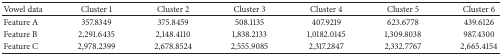
| Vowel data | Cluster 1 | Cluster 2 | Cluster 3 | Cluster 4 | Cluster 5 | Cluster 6 |
 | --- | --- | --- | --- | --- | --- | --- |
 | Feature A | 357.8349 | 375.8459 | 508.1135 | 407.9219 | 623.6778 | 439.6126 |
 | Feature B | 2,291.6435 | 2,148.4110 | 1,838.2133 | 1,0182.0145 | 1,309.8038 | 987.4300 |
 | Feature C | 2,978.2399 | 2,678.8524 | 2,555.9085 | 2,317.2847 | 2,332.7767 | 2,665.4154 |